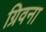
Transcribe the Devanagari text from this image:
ग्रिवना